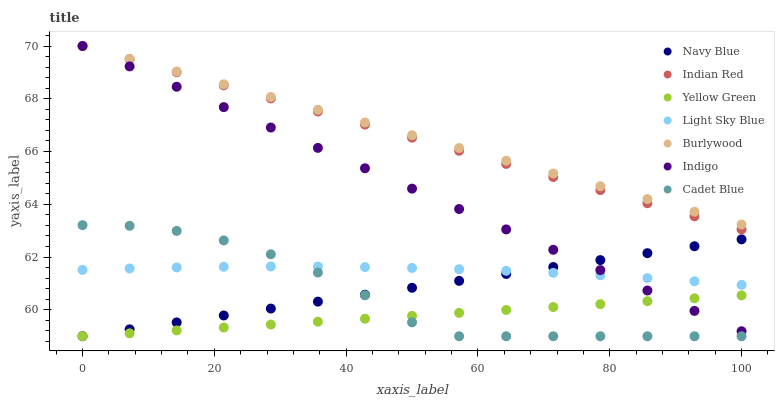
| xaxis_label | Navy Blue | Indian Red | Yellow Green | Light Sky Blue | Burlywood | Indigo | Cadet Blue |
 | --- | --- | --- | --- | --- | --- | --- | --- |
 | 0 | 59 | 70 | 59 | 61.5 | 70 | 70 | 63.2 |
 | 7.14 | 59.3 | 69.5 | 59.1 | 61.6 | 69.5 | 69.2 | 63.2 |
 | 14.3 | 59.5 | 69 | 59.2 | 61.6 | 69 | 68.5 | 63 |
 | 21.4 | 59.8 | 68.5 | 59.3 | 61.6 | 68.6 | 67.7 | 62.6 |
 | 28.6 | 60 | 68 | 59.4 | 61.6 | 68.1 | 66.9 | 62.1 |
 | 35.7 | 60.3 | 67.5 | 59.6 | 61.6 | 67.6 | 66.1 | 61.4 |
 | 42.9 | 60.6 | 67 | 59.7 | 61.6 | 67.1 | 65.4 | 60.6 |
 | 50 | 60.8 | 66.5 | 59.8 | 61.6 | 66.6 | 64.6 | 59.5 |
 | 57.1 | 61.1 | 66 | 59.9 | 61.5 | 66.1 | 63.8 | 59 |
 | 64.3 | 61.4 | 65.5 | 60 | 61.5 | 65.7 | 63.1 | 59 |
 | 71.4 | 61.6 | 65 | 60.1 | 61.4 | 65.2 | 62.3 | 59 |
 | 78.6 | 61.9 | 64.5 | 60.2 | 61.3 | 64.7 | 61.5 | 59 |
 | 85.7 | 62.1 | 64 | 60.3 | 61.2 | 64.2 | 60.7 | 59 |
 | 92.9 | 62.4 | 63.5 | 60.4 | 61.1 | 63.7 | 60 | 59 |
 | 100 | 62.7 | 63 | 60.5 | 60.9 | 63.2 | 59.2 | 59 |